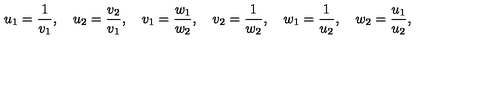
u _ { 1 } = { \frac { 1 } { v _ { 1 } } } , \quad u _ { 2 } = { \frac { v _ { 2 } } { v _ { 1 } } } , \quad v _ { 1 } = { \frac { w _ { 1 } } { w _ { 2 } } } , \quad v _ { 2 } = { \frac { 1 } { w _ { 2 } } } , \quad w _ { 1 } = { \frac { 1 } { u _ { 2 } } } , \quad w _ { 2 } = { \frac { u _ { 1 } } { u _ { 2 } } } ,